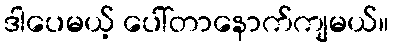
ဒါပေမယ့် ပေါ်တာနောက်ကျမယ်။